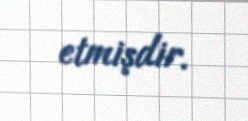
etmişdir.